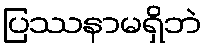
ပြဿနာမရှိဘဲ